Indian journal of veterinary science and animal husbandry - Volume 3,
Year: 1933
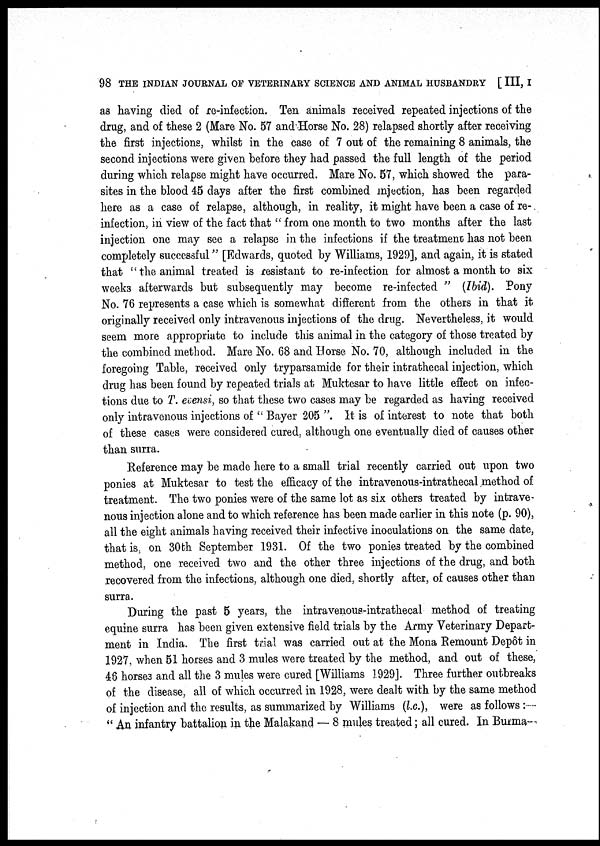
98 THE INDIAN JOURNAL OF VETERINARY SCIENCE AND ANIMAL HUSBANDRY [ III, I
as having died of re-infection. Ten animals received repeated injections of the
drug, and of these 2 (Mare No. 57 and Horse No. 28) relapsed shortly after receiving
the first injections, whilst in the case of 7 out of the remaining 8 animals, the
second injections were given before they had passed the full length of the period
during which relapse might have occurred. Mare No. 57, which showed the para-
sites in the blood 45 days after the first combined injection, has been regarded
here as a case of relapse, although, in reality, it might have been a case of re-
infection, in view of the fact that " from one month to two months after the last
injection one may see a relapse in the infections if the treatment has not been
completely successful" [Edwards, quoted by Williams, 1929], and again, it is stated
that '' the animal treated is resistant to re-infection for almost a month to six
weeks afterwards but subsequently may become re-infected " (Ibid). Pony
No. 76 represents a case which is somewhat different from the others in that it
originally received only intravenous injections of the drug. Nevertheless, it would
seem more appropriate to include this animal in the category of those treated by
the combined method. Mare No. 68 and Horse No. 70, although included in the
foregoing Table, received only tryparsamide for their intrathecal injection, which
drug has been found by repeated trials at Muktesar to have little effect on infec-
tions due to T. evensi, so that these two cases may be regarded as having received
only intravenous injections of " Bayer 205 ". It is of interest to note that both
of these cases were considered cured, although one eventually died of causes other
than surra.
Reference may be made here to a small trial recently carried out upon two
ponies at Muktesar to test the efficacy of the intravenous-intrathecal method of
treatment. The two ponies were of the same lot as six others treated by intrave-
nous injection alone and to which reference has been made earlier in this note (p. 90),
all the eight animals having received their infective inoculations on the same date,
that is, on 30th September 1931. Of the two ponies treated by the combined
method, one received two and the other three injections of the drug, and both
recovered from the infections, although one died, shortly after, of causes other than
surra.
During the past 5 years, the intravenous-intrathecal method of treating
equine surra has been given extensive field trials by the Army Veterinary Depart-
ment in India. The first trial was carried out at the Mona Remount Depôt in
1927, when 51 horses and 3 mules were treated by the method, and out of these,
46 horses and all the 3 mules were cured [Williams 1929]. Three further outbreaks
of the disease, all of which occurred in 1928, were dealt with by the same method
of injection and the results, as summarized by Williams (l.c.), were as follows :-
" An infantry battalion in the Malakand — 8 mules treated; all cured. In Burma¬